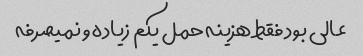
عالی بود فقط هزینه حمل یکم زیاده و نمیصرفه